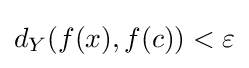
d_{Y}(f(x),f(c))<\varepsilon